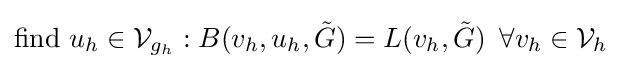
{\text{find }}u_{h}\in {\mathcal {V}}_{g_{h}}:B(v_{h},u_{h},{\tilde {G}})=L(v_{h},{\tilde {G}})\,\,\,\forall {v}_{h}\in {\mathcal {V}}_{h}